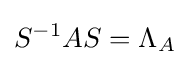
S^{-1}AS=\Lambda _{A}